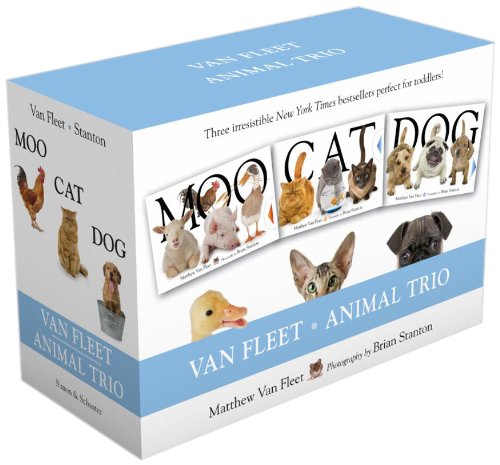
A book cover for Van Fleet Animal Trio: Moo; Cat; Dog; Matthew Van Fleet; Children's Books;